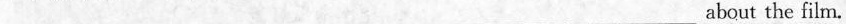
___ ___ ___ ___ ___ about the film。